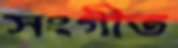
সংগীত